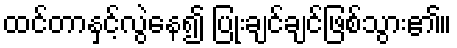
ထင်တာနှင့်လွဲနေ၍ ပြုံးချင်ချင်ဖြစ်သွား၏။